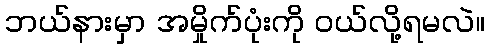
ဘယ်နားမှာ အမှိုက်ပုံးကို ဝယ်လို့ရမလဲ။